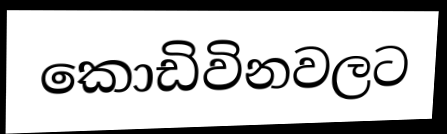
කොඩිවිනවලට